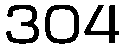
304